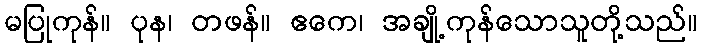
မပြုကုန်။ ပုန၊ တဖန်။ ဧကေ၊ အချို့ကုန်သောသူတို့သည်။